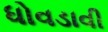
ધોવડાવી